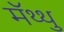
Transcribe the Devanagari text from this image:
मॅथ्थु